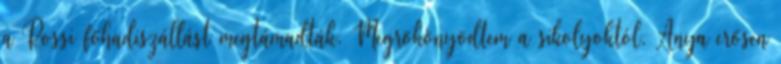
a Rossi főhadiszállást megtámadták. Megrökönyödtem a sikolyoktól. Anya erősen